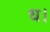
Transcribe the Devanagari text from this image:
ध।